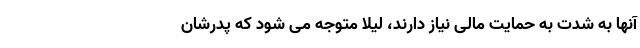
آنها به شدت به حمایت مالی نیاز دارند، لیلا متوجه می شود که پدرشان